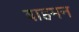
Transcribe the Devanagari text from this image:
बाहमन